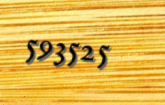
593525